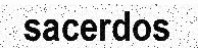
sacerdos